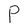
Character: P